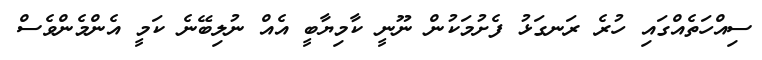
ސިއްހަތެއްގައި ހުރެ ރަނގަޅު ފެށުމަކުން ނޫނީ ކާމިޔާބީ އެއް ނުލިބޭނެ ކަމީ އެންމެންވެސް